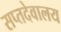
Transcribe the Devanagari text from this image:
सप्तदेवालय